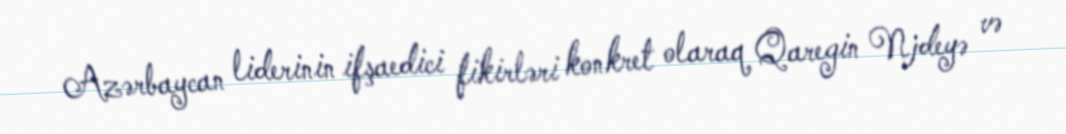
Azərbaycan liderinin ifşaedici fikirləri konkret olaraq Qaregin Njdeyə və